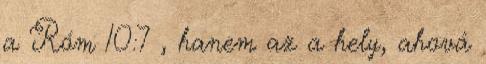
a Róm 10:7 , hanem az a hely, ahová